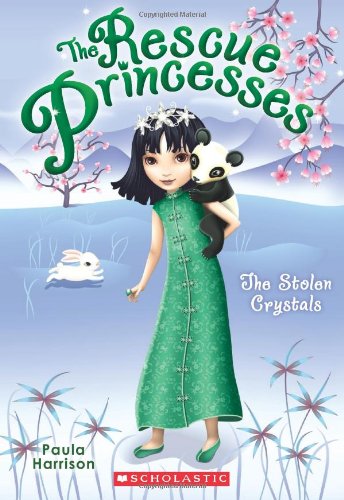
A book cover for Rescue Princesses #4: The Stolen Crystals; Paula Harrison; Children's Books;